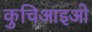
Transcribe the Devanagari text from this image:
कुचिआइओ